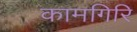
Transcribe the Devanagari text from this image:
कामगिरि